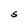
Character: S